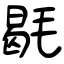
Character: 毼